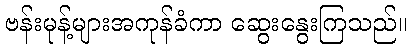
ဗန်းမုန့်များအကုန်ခံကာ ဆွေးနွေးကြသည်။